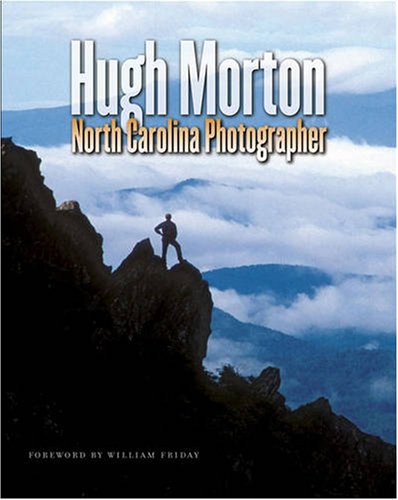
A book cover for Hugh Morton, North Carolina Photographer; Hugh Morton; Arts & Photography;